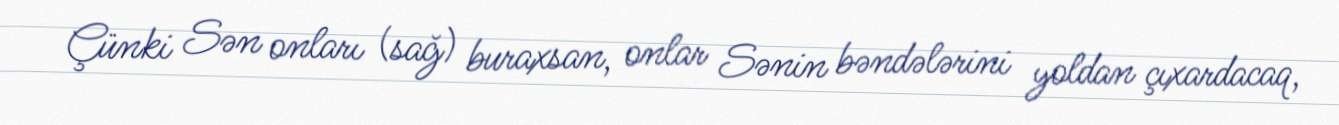
Çünki Sən onları (sağ) buraxsan, onlar Sənin bəndələrini yoldan çıxardacaq,